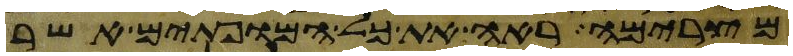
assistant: מצרימה ראה את כל המופתים אשר